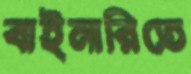
বাইনারিতে